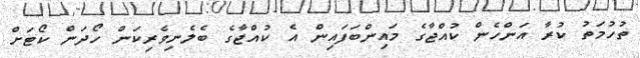
ތުހުމަތު ކުރާ އަންހެން ކުއްޖާގެ މައިންބަފައިން އެ ކުއްޖާގެ ބެލެނިވެރިކަން ހޯދަން ކޯޓަށް